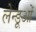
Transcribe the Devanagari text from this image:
लेन्डूओं